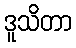
ဒူသိတာ